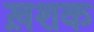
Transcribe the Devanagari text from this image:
ख़शक